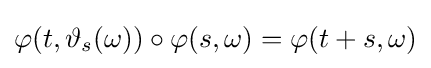
\varphi (t,\vartheta _{s}(\omega ))\circ \varphi (s,\omega )=\varphi (t+s,\omega )